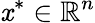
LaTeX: \mathit{x}^{*}\in\mathbb{{R}}^{n}